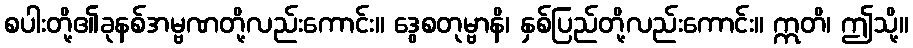
စပါးတို့၏ခုနစ်အမ္ဗဏတို့လည်းကောင်း။ ဒွေစတုမ္ဗာနိ၊ နှစ်ပြည်တို့လည်းကောင်း။ ဣတိ၊ ဤသို့။